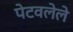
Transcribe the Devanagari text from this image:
पेटवलेले